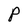
Character: P